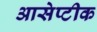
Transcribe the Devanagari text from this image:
आसेप्टीक